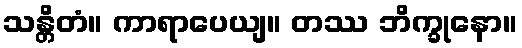
သန္တိတံ။ ကာရာပေယျ။ တဿ ဘိက္ခုနော။